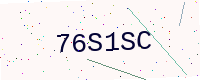
Text: 76S1SC